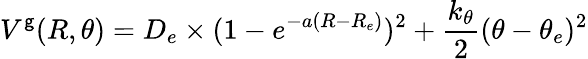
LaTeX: V^{\mathsf{g}}(R,\theta)=D_{e}\times(1-e^{-a(R-R_{e})})^{2}+\frac{{k_{\theta}}}{{2}}(\theta-\theta_{e})^{2}